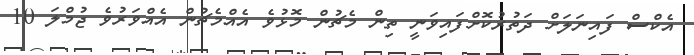
އެކްސް ފައިނަލަށް ދަތުރުކޮށްފައިވަނީ ތިން މެޗުން މޮޅުވެ އެއްމެޗުން އެއްވަރުވެ ޖުމްލަ 10